King Institute of Preventive Medicine Bacteriolog. Section reports 1907-08
Year: 1907
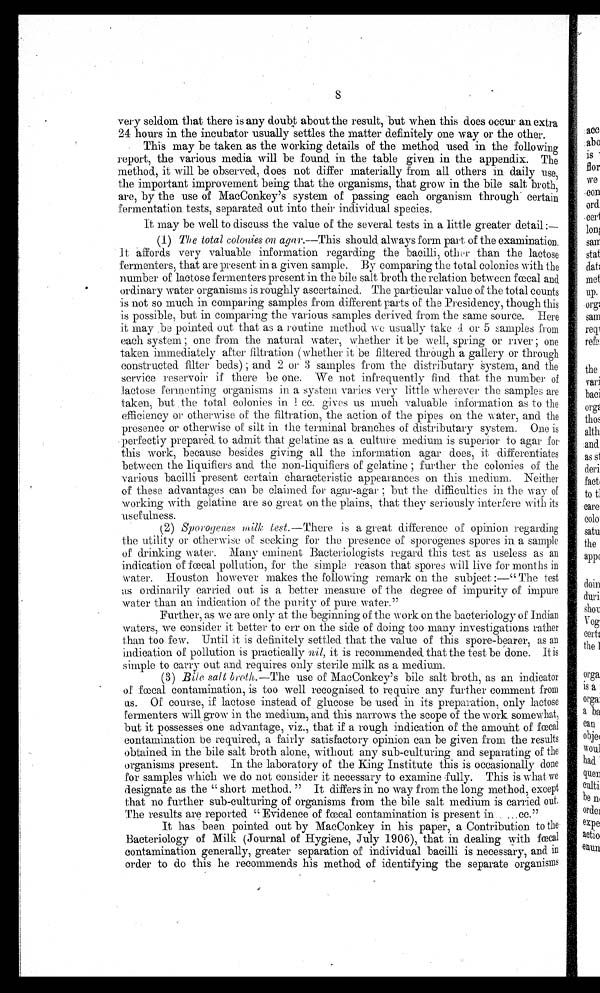
S
very seldom that there is any doubt about the result, but when this does occur an extra
24: hours in the incubator usually settles the matter definitely one way or the other.
This may be taken as the working details of the method used. in the following
report, the various media will be found in the table given in the appendix. The
method, it will be observed, does not differ materially from all others in daily use,
the important improvement being that the organisms, that grow in the bile salt broth,
are, by the use of MacConkey's system of passing each organism through certain
fermentation tests, separated out into their individual species.
It may be well to discuss the value of the several tests in a little greater detail :-
(1) The total colonies on agar—This should always form part of the examination.
t affords very valuable information regarding the bacilli,. other than the lactose
fermenters, that are present in a given sample. By comparing the total colonies with the
number of lactose fermenters present :in the bile salt broth the relation between fecal and
ordina\ry water organisms is roughly ascertained. The particular value of the total counts
is not so much in Comparing samples from different parts of the Presidency, though this
is possible, but in comparing the various samples derived from the same source. Here
it may . be pointed out that as a routine method we usually take 1 or 5 Samples from
each system one from the natural water, whether it be well, spring or river ; one
taken immediately after filtration (whether it be filtered through a gallery or through
constructed filter beds) ; and 2 or 3 samples from the distributary System, and. the
service reservoir if there he one. - We not infrequently find that the number of
lactose fermenting organisms in a system varies very little wherever the samples are
taken, but . the total colonies in I cc. gives us much valuable information as to the
efficiency or otherwise of the filtration, the action of the pipes on the water, and the
presence or otherwise of silt in the terminal branches of distributary system. One is
Perfectly prepared to admit that gelatine as a culture medium is superior to agar for.
tins work, because besides giving all the information agar does, it differentiates
between the liquifiers and. the non-liquifiers of gelatine ; further the colonies of the
various bacilli present certain characteristic appearances on this medium. Neither
of these advantages can be claimed for agar-aga• ; but the difficulties in the wa y of
working with gelatine are so great on the plains, that they seriously interfere with its
usefulness.
(2)
Sporogenes lest--There is a great difference of opinion regarding.
the utility or otherwise of seeking for the presence of sporogenes spores in a sample
of drinking water. Many eminent Bacteriologists regard this test as useless as an
indication of pollution, for the simple reason that spores will live for months in
water. Houston however makes the following remark on the subject :—" The test
as ordinarily
fæcal
carried out is a better measure of the degree of impurity of impure
water than an indication of the purity of pure water."
Further, as we are only at the beginning of the work on the bacteriology of Indian
waters, we consider it better to err on the side of doing too many investigations rather
than too few. Until it is definitely settled. that the value of this spore-bearer, as an
indication of pollution is practically nil, it is recommended. that the test be done. It is
simple to carry out and requires only sterile milk as a medium.
(3) Bile salt broth.—The use of MacConkey's bile salt broth, as an indicator
of fæcal contamination, is too well recognised to require any further comment from
us. Of course, if lactose instead of glucose be used in its preparation, only lactose
fermenters will grow in the medium, and this narrows the scope of the work somewhat,
but it possesses one advantage, viz., that if a rough indication of the amount of
contamination be required, a fairly satisfactory opinion can be given from the results
obtained in the bile salt broth alone, without any sub-culturing and separating of
fæcal
the
organisms present. In the laboratory of the King Institute this is occasionally done
for samples which we do not consider it necessary to examine fully. This is what we
designate as the ' short method. " It differs in no way from the long method, except
that no further sub-culturing of organisms from the bile salt medium is carried out.
The results are reported "Evidence of contamination is present in . ...cc."
It has been pointed out by MacConkey in his paper, a Contribution to the
Bacteriology of Milk (
fæcal
Journal of Hygiene, July 1906), that in dealing with faecal
contamination generally, greater separation of individual bacilli is necessary, and in
order to do this he recommends his method. of identifying the separate organisms